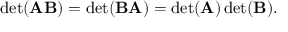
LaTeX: \operatorname* { d e t } ( \mathbf { A B } ) = \operatorname* { d e t } ( \mathbf { B A } ) = \operatorname* { d e t } ( \mathbf { A } ) \operatorname* { d e t } ( \mathbf { B } ) .